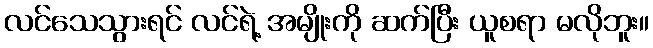
လင်သေသွားရင် လင်ရဲ့ အမျိုးကို ဆက်ပြီး ယူစရာ မလိုဘူး။